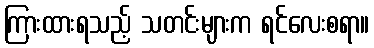
ကြားထားရသည့် သတင်းများက ရင်လေးစရာ။